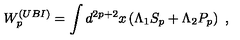
W _ { p } ^ { ( U B I ) } = \int d ^ { 2 p + 2 } x \left( \Lambda _ { 1 } S _ { p } + \Lambda _ { 2 } P _ { p } \right) \ ,